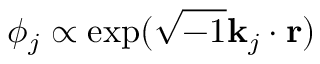
\phi _ { j } \propto \exp ( { \sqrt { - 1 } { \bf k } _ { j } \cdot { \bf r } } )